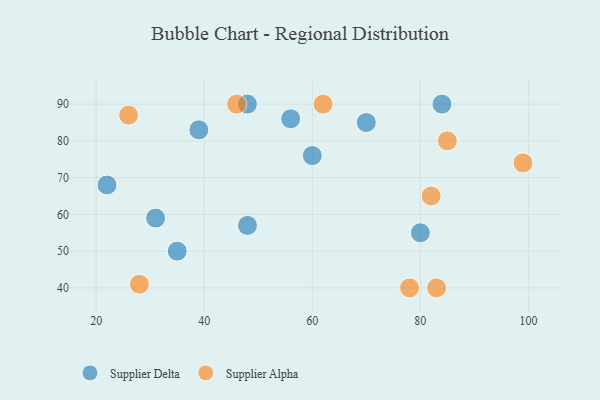
{"axis": {"x": "GDP", "y": "Life Expectancy"}, "legend": ["Supplier Alpha", "Supplier Delta"], "data": [{"x": "80", "y": 55, "type": "Supplier Delta"}, {"x": "39", "y": 83, "type": "Supplier Delta"}, {"x": "56", "y": 86, "type": "Supplier Delta"}, {"x": "35", "y": 50, "type": "Supplier Delta"}, {"x": "22", "y": 68, "type": "Supplier Delta"}, {"x": "48", "y": 57, "type": "Supplier Delta"}, {"x": "70", "y": 85, "type": "Supplier Delta"}, {"x": "31", "y": 59, "type": "Supplier Delta"}, {"x": "60", "y": 76, "type": "Supplier Delta"}, {"x": "84", "y": 90, "type": "Supplier Delta"}, {"x": "48", "y": 90, "type": "Supplier Delta"}, {"x": "28", "y": 41, "type": "Supplier Alpha"}, {"x": "26", "y": 87, "type": "Supplier Alpha"}, {"x": "85", "y": 80, "type": "Supplier Alpha"}, {"x": "46", "y": 90, "type": "Supplier Alpha"}, {"x": "83", "y": 40, "type": "Supplier Alpha"}, {"x": "82", "y": 65, "type": "Supplier Alpha"}, {"x": "78", "y": 40, "type": "Supplier Alpha"}, {"x": "99", "y": 74, "type": "Supplier Alpha"}, {"x": "62", "y": 90, "type": "Supplier Alpha"}]}